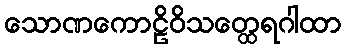
သောဏကောဠိဝိသတ္ထေရဂါထာ